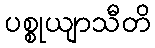
ပစ္စုယျာသီတိ